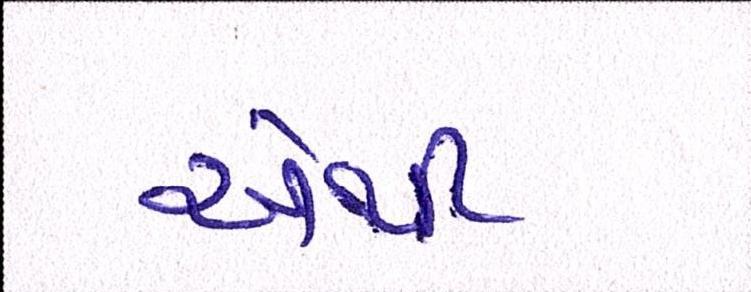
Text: એથી